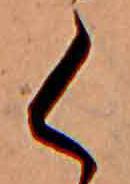
く